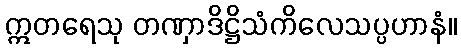
ဣတရေသု တဏှာဒိဋ္ဌိသံကိလေသပ္ပဟာနံ။